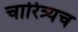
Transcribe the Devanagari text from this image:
चारित्र्यच